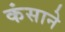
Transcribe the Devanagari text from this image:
कंसाने